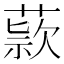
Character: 𬝺